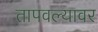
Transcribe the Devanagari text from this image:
तापवल्यावर